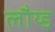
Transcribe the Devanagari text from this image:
लौय्ड